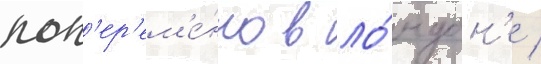
поп'ер'ем'е́нно в ло́ндон'е /